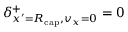
\delta _ { x ^ { \prime } = \ensuremath { R _ { \mathrm { c a p } } } , v _ { x } = 0 } ^ { + } = 0